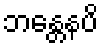
ဘန္တေနပိ